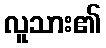
လူသား၏